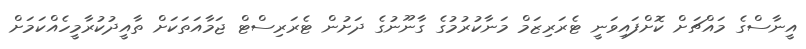
އީނާސްގެ މައްޗަށް ކޮށްފައިވަނީ ޓެރަރިޒަމް މަނާކުރުމުގެ ގާނޫނުގެ ދަށުން ޓެރަރިސްޓް ޖަމާއަތަކަށް ތާއީދުކުރާމީހެއްކަމަށް